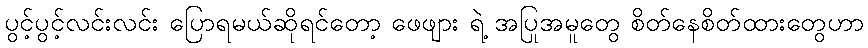
ပွင့်ပွင့်လင်းလင်း ပြောရမယ်ဆိုရင်တော့ ဖေဖျား ရဲ့ အပြုအမူတွေ စိတ်နေစိတ်ထားတွေဟာ